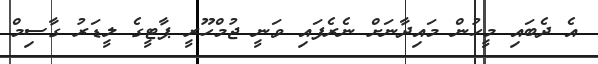
އެ ދެބައި މީހުން މައިދާނަށް ނެރެފައި ވަނީ ޖުމްހޫރީ ޕާޓީގެ ލީޑަރު ގާސިމް